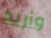
وأريد